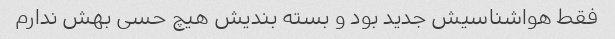
فقط هواشناسیش جدید بود و بسته بندیش هیچ حسی بهش ندارم